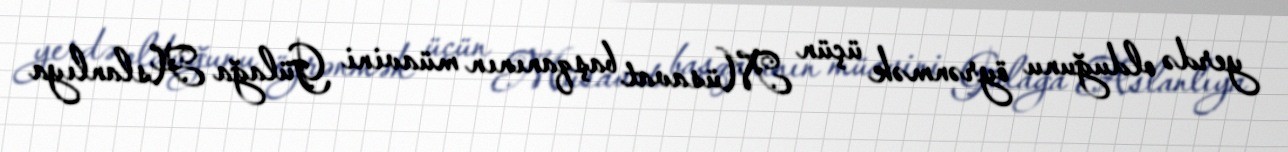
yerdə olduğunu öyrənmək üçün Müsavat başqanının müavini Gülağa Aslanlıya